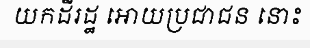
យកដីរដ្ឋ អោយប្រជាជន នោះ